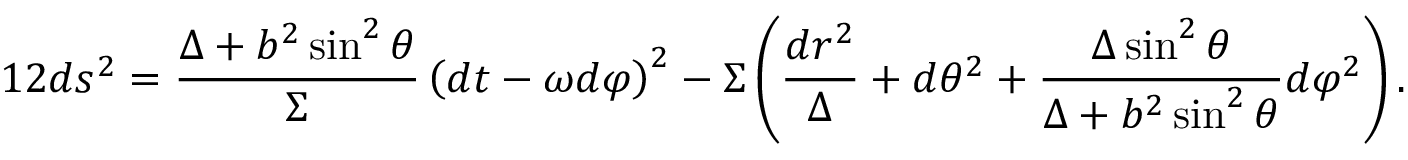
1 2 d s ^ { 2 } = \frac { \Delta + b ^ { 2 } \sin ^ { 2 } \theta } { \Sigma } \left( d t - \omega d \varphi \right) ^ { 2 } - \Sigma \left( \frac { d r ^ { 2 } } { \Delta } + d \theta ^ { 2 } + \frac { \Delta \sin ^ { 2 } \theta } { \Delta + b ^ { 2 } \sin ^ { 2 } \theta } d \varphi ^ { 2 } \right) .